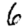
Digit: 6